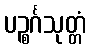
ပဉ္စင်္ဂသုတ္တံ